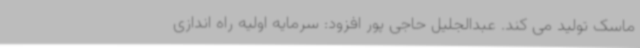
ماسک تولید می کند. عبدالجلیل حاجی پور افزود: سرمایه اولیه راه اندازی